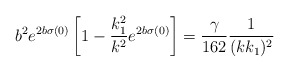
\begin{align*}b^2e^{2b\sigma(0)}\left[1-\frac{k_1^2}{k^2}e^{2b\sigma(0)}\right]=\frac{\gamma}{162}\frac{1}{(kk_1)^2}\end{align*}